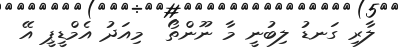
ލާރި ގަނޑު ލިބުނީ މާ ނޫންތޯ  މިއަދު އެމްޑީޕީ އޭ